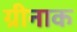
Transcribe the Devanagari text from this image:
ग्रीनाक